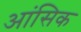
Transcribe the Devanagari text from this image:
आंसिक